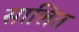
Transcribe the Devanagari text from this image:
सालित